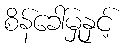
စိန်ခေါ်မှုနှင့်